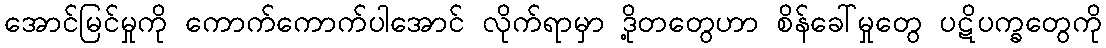
အောင်မြင်မှုကို ကောက်ကောက်ပါအောင် လိုက်ရာမှာ ဒို့တတွေဟာ စိန်ခေါ်မှုတွေ ပဋိပက္ခတွေကို